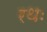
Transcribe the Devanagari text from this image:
रथः